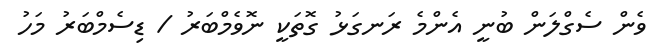
ވެން ސެގްލަން ބުނީ އެންމެ ރަނގަޅު ގޮތަކީ ނޮވެމްބަރު / ޑިސެމްބަރު މަހު